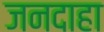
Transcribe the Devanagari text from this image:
जनदाहा